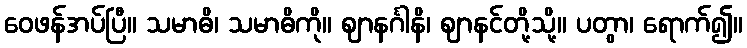
ဝေဖန်အပ်ပြီ။ သမာဓိ၊ သမာဓိကို။ ဈာနင်္ဂါနိ၊ ဈာနင်တို့သို့။ ပတွာ၊ ရောက်၍။